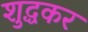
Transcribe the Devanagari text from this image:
शुद्धकर